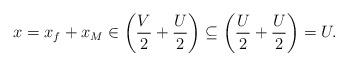
LaTeX: \begin{align*}x=x_f+x_M\in \left( \frac{V}{2}+\frac{U}{2}\right)\subseteq \left( \frac{U}{2}+\frac{U}{2}\right)=U.\end{align*}